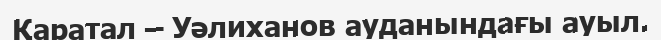
Қаратал – Уәлиханов ауданындағы ауыл.